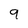
Character: 9